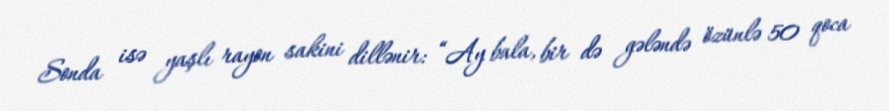
Sonda isə yaşlı rayon sakini dillənir: “Ay bala, bir də gələndə özünlə 50 qoca